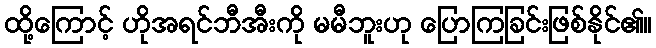
ထို့ကြောင့် ဟိုအရင်ဘီအီးကို မမီဘူးဟု ပြောကြခြင်းဖြစ်နိုင်၏။